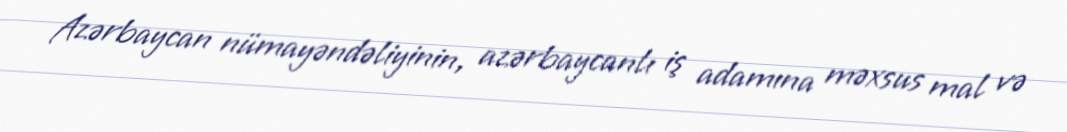
Azərbaycan nümayəndəliyinin, azərbaycanlı iş adamına məxsus mal və